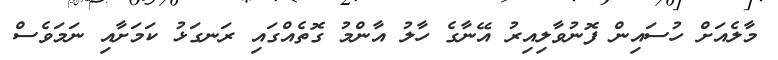
މާލެއަށް ހުސައިން ފޮނުވާލިއިރު އޭނާގެ ހާލު އާންމު ގޮތެއްގައި ރަނގަޅު ކަމަށާއި ނަމަވެސް